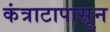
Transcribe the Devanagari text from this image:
कंत्राटापासून